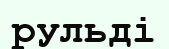
рульді